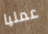
عمليا